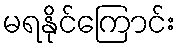
မရနိုင်ကြောင်း